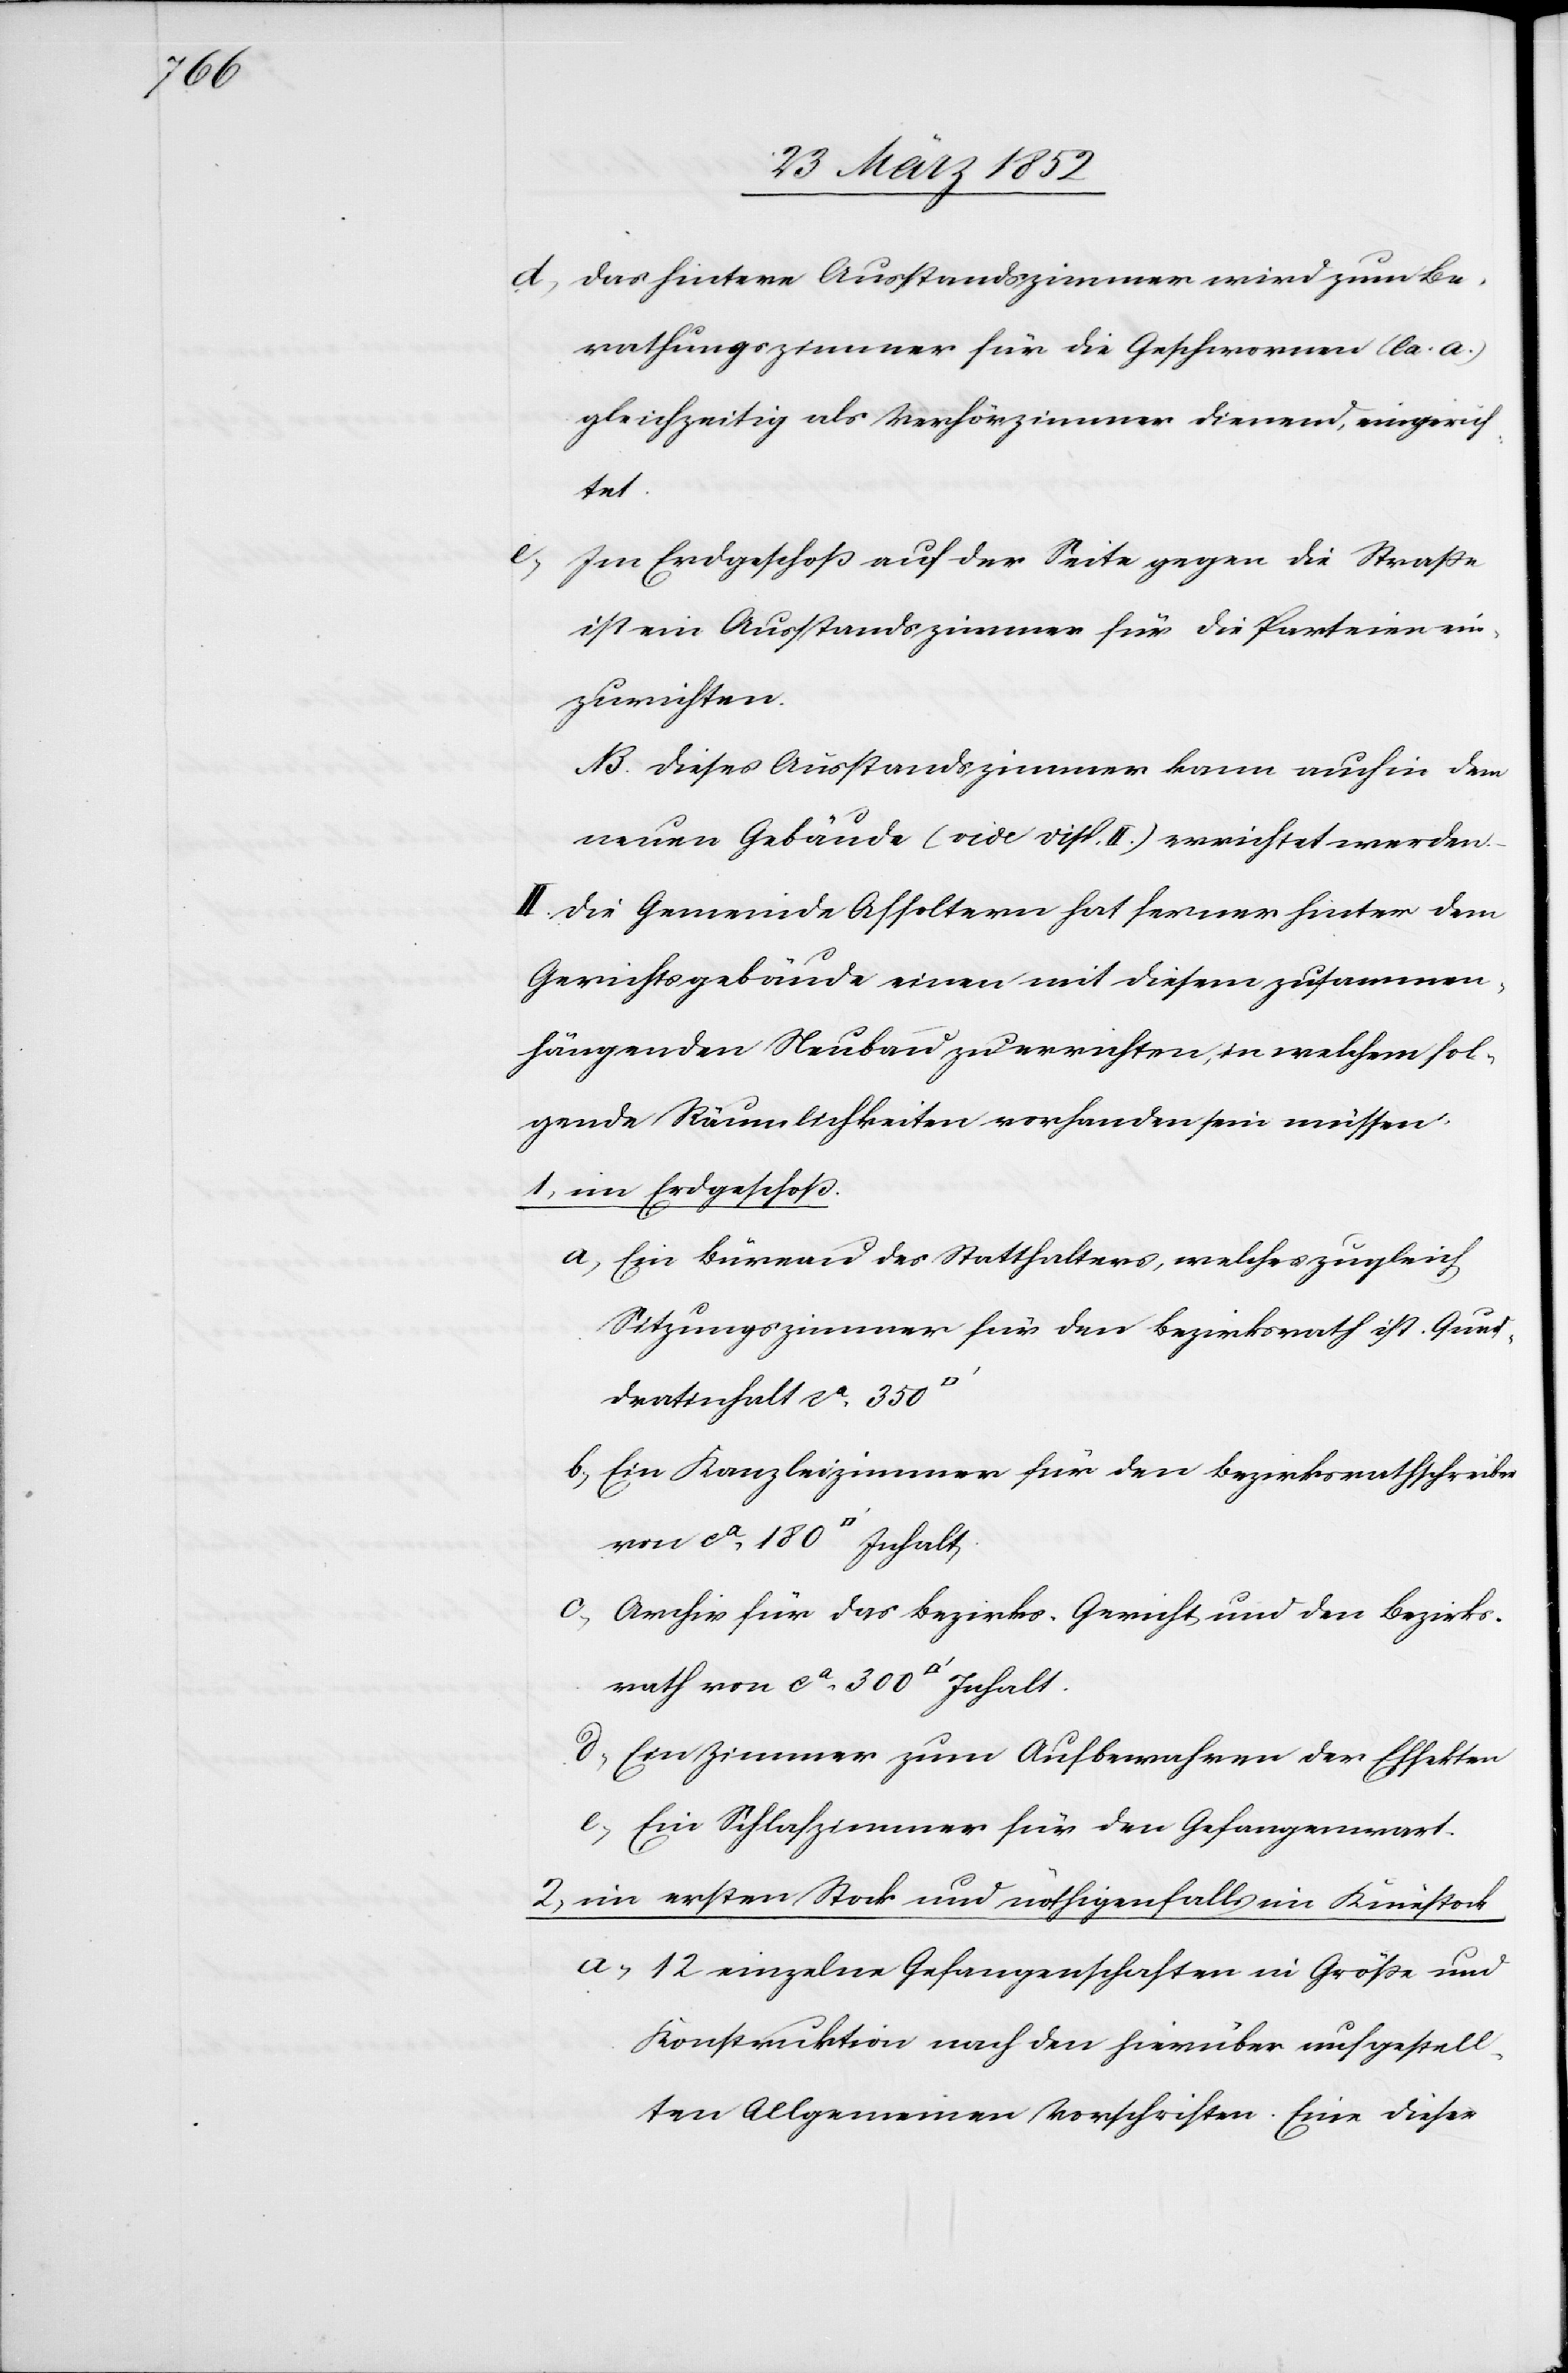
300

d) Das hintere Ausstandszimmer wird zum Be¬
rathungszimmer für die Geschwornen (la. a.)
gleichzeitig als Verhörzimmer dienend, eingerich¬
rath
Im Erdgeschoß auf der Seite gegen die Straße
ist ein Ausstandszimmer für die Parteien ein¬
zurichten.
NB. Dieses Ausstandszimmer kann auch in dem
neuen Gebäude (vide Disp. II.) errichtet werden.
II. Die Gemeinde Affoltern hat ferner hinter dem
Gerichtsgebäude einen mit diesem zusammen¬
hängenden Neubau zu errichten, in welchem fol¬
gende Räumlichkeiten vorhanden sein müssen.
1) im Erdgeschoß.
a) Ein Büreau des Statthalters, welches zugleich
Sitzungszimmer für den Bezirksrath ist. Qua¬
dratinhalt ca 350
b) Ein Kanzleizimmer für den Bezirksrathschreiber
c) Archiv für das Bezirks-Gericht und den Bezirks¬
d) Ein Zimmer zum Aufbewahren der Effekten
e) Ein Schlafzimmer für den Gefangenwart.
2) im ersten Stock und nöthigenfalls im Kniestock
a) 12 einzelne Gefangenschaften in Größe und
Konstrucktion nach den hierüber aufgestell¬
ten Allgemeinen Vorschriften. Eine dieser